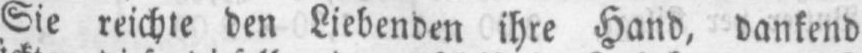
Sie reichte den Liebenden ihre Hand, dankend